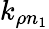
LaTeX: k_{\rho n_{1}}